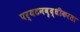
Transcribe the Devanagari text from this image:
पर्यटनवृद्धीकरता